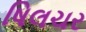
ષિલચર